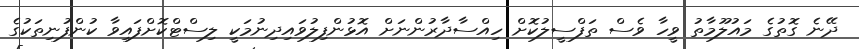
ދޭނެ ގޮތުގެ މައުލޫމާތު ވީހާ ވެސް ތަފްސީލުކޮށް ހިއްސާދާރުންނަށް އޮޅުންފިލުވައިދިނުމަކީ ލިސްޓްކޮށްފައިވާ ކުންފުނިތަކުގެ